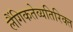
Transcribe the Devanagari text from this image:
लैंगिकतेव्यतिरिक्त